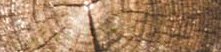
open 24 hours